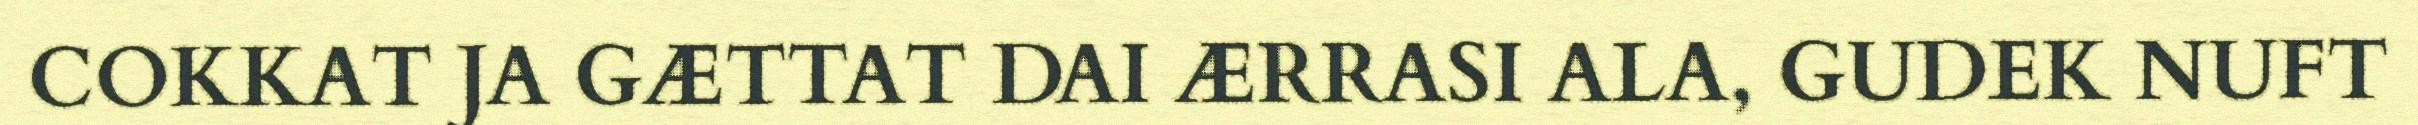
COKKAT JA GÆTTAT DAI ÆRRASI ALA, GUDEK NUFT